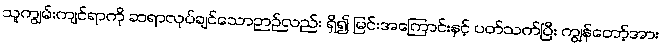
သူကျွမ်းကျင်ရာကို ဆရာလုပ်ချင်သောဉာဉ်လည်း ရှိ၍ မြင်းအကြောင်းနှင့် ပတ်သက်ပြီး ကျွန်တော့်အား